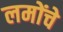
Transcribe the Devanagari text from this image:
लमोंचे